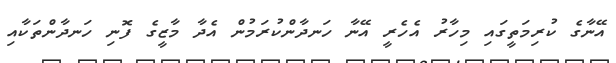
އޭނާގެ ކުރިމަތީގައި މިހާރު އެހެރީ އޭނާ ހަނދާންކުރަމުން އެދާ މާޒީގެ ފޮނި ހަނދާންތަކާއި